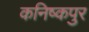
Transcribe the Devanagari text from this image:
कनिष्कपुर